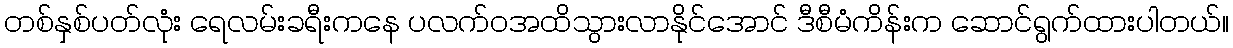
တစ်နှစ်ပတ်လုံး ရေလမ်းခရီးကနေ ပလက်ဝအထိသွားလာနိုင်အောင် ဒီစီမံကိန်းက ဆောင်ရွက်ထားပါတယ်။